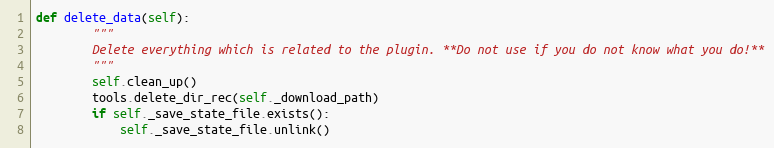
Language: Python
def delete_data(self):
        """
        Delete everything which is related to the plugin. **Do not use if you do not know what you do!**
        """
        self.clean_up()
        tools.delete_dir_rec(self._download_path)
        if self._save_state_file.exists():
            self._save_state_file.unlink()